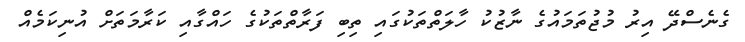
ގެނެސްދޭ އިރު މުޖުތަމައުގެ ނާޒުކު ހާލަތްތަކުގައި ތިބި ފަރާތްތަކުގެ ހައްގާއި ކަރާމަތަށް އުނިކަމެއް